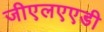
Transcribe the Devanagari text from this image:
जीएलएएडी